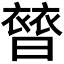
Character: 𧜊